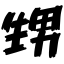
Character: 甥